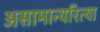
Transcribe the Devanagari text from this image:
असामान्यरित्या